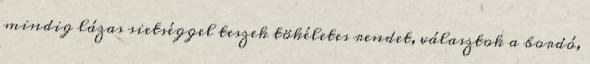
mindig lázas sietséggel teszek tökéletes rendet, választok a bordó,